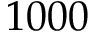
1 0 0 0